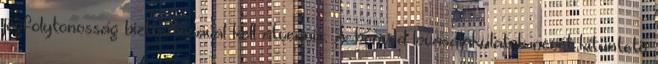
jogfolytonosság biztosításával kell átvennie. A honvéd lovasalakulatok nevét kitüntetõ